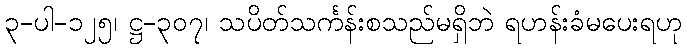
၃-ပါ-၁၂၅၊ ဋ္ဌ-၃၀၇၊ သပိတ်သင်္ကန်းစသည်မရှိဘဲ ရဟန်းခံမပေးရဟု